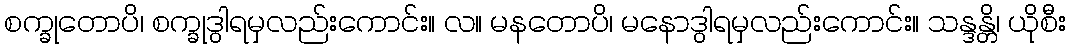
စက္ခုတောပိ၊ စက္ခုဒွါရမှလည်းကောင်း။ လ။ မနတောပိ၊ မနောဒွါရမှလည်းကောင်း။ သန္ဒန္တိ၊ ယိုစီး